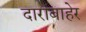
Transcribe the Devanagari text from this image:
दाराबाहेर